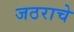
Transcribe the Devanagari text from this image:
जठराचे